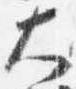
大